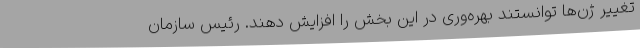
تغییر ژن‌ها توانستند بهره‌وری در این بخش را افزایش دهند. رئیس سازمان